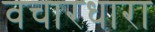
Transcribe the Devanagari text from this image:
वचारधारा